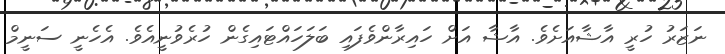
ނަޒަރު ހުރީ އާޝާއަށެވެ. އާޝާ އަށް ހައިރާންވެފައި ބަލަހައްޓައިގެން ހުރެވުނީއެވެ. އެހެނީ ސަނީމް